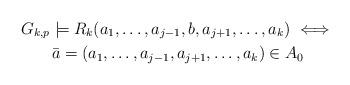
LaTeX: \begin{gather*}G_{k,p} \models R_k(a_1, \ldots , a_{j-1}, b, a_{j+1}, \ldots, a_{k}) \iff\\ \bar{a} = (a_1, \ldots, a_{j-1}, a_{j+1}, \ldots, a_k) \in A_0\end{gather*}